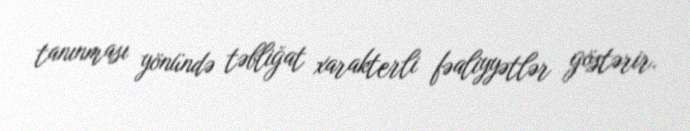
tanınması yönündə təbliğat xarakterli fəaliyyətlər göstərir.